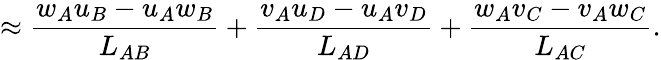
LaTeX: \approx\frac{w_{A}u_{B}-u_{A}w_{B}}{L_{AB}}+\frac{v_{A}u_{D}-u_{A}v_{D}}{L_{AD}}+\frac{w_{A}v_{C}-v_{A}w_{C}}{L_{AC}}.